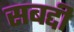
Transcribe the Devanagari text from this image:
सबद्दी